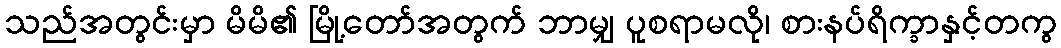
သည်အတွင်းမှာ မိမိ၏ မြို့တော်အတွက် ဘာမျှ ပူစရာမလို၊ စားနပ်ရိက္ခာနှင့်တကွ